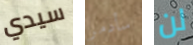
سيدي سأدمر لن